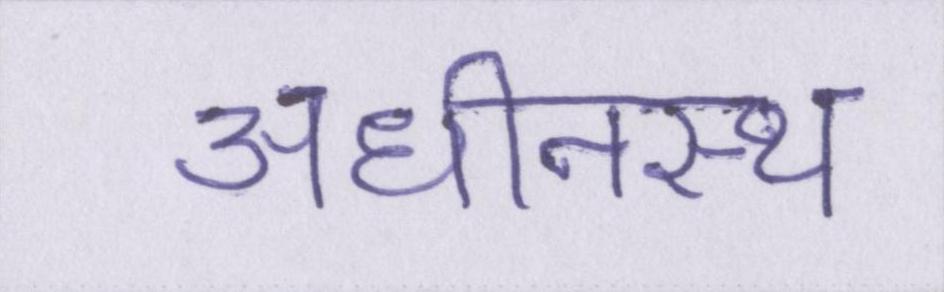
अधीनस्थ